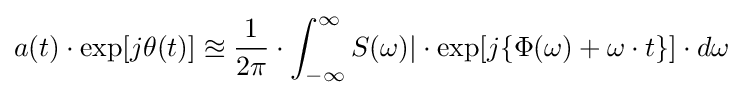
a(t)\cdot \exp[j\theta (t)]\approxeq {\frac {1}{2\pi }}\cdot \int _{-\infty }^{\infty }S(\omega )|\cdot \exp[j\{\Phi (\omega )+\omega \cdot t\}]\cdot d\omega